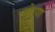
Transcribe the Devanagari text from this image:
दोरण